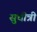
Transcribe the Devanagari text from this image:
सुचीत्री